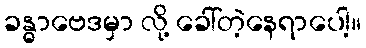
ခန္ဓာဗေဒမှာ လို့ ခေါ်တဲ့နေရာပေါ့။